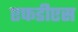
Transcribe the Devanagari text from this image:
एफडीएस